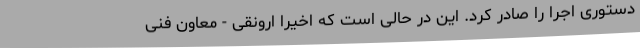
دستوری اجرا را صادر کرد. این در حالی است که اخیرا ارونقی - معاون فنی